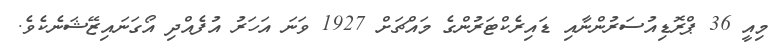
މިއީ 36 ޕްރޮޑިއުސަރުންނާއި ޑައިރެކްޓަރުންގެ މައްޗަށް 1927 ވަނަ އަހަރު އުފެއްދި އޯގަނައިޒޭޝަނެކެވެ.